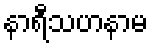
နာရီသဟနာမ